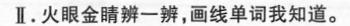
Ⅱ.火眼金睛辨一辨,画线单词我知道。